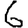
Digit: 6